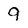
Character: 9